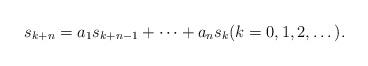
LaTeX: \begin{align*}s_{k+n}=a_1s_{k+n-1}+\cdots+a_ns_k (k=0,1,2,\dots).\end{align*}